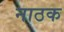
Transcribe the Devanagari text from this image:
नाठक